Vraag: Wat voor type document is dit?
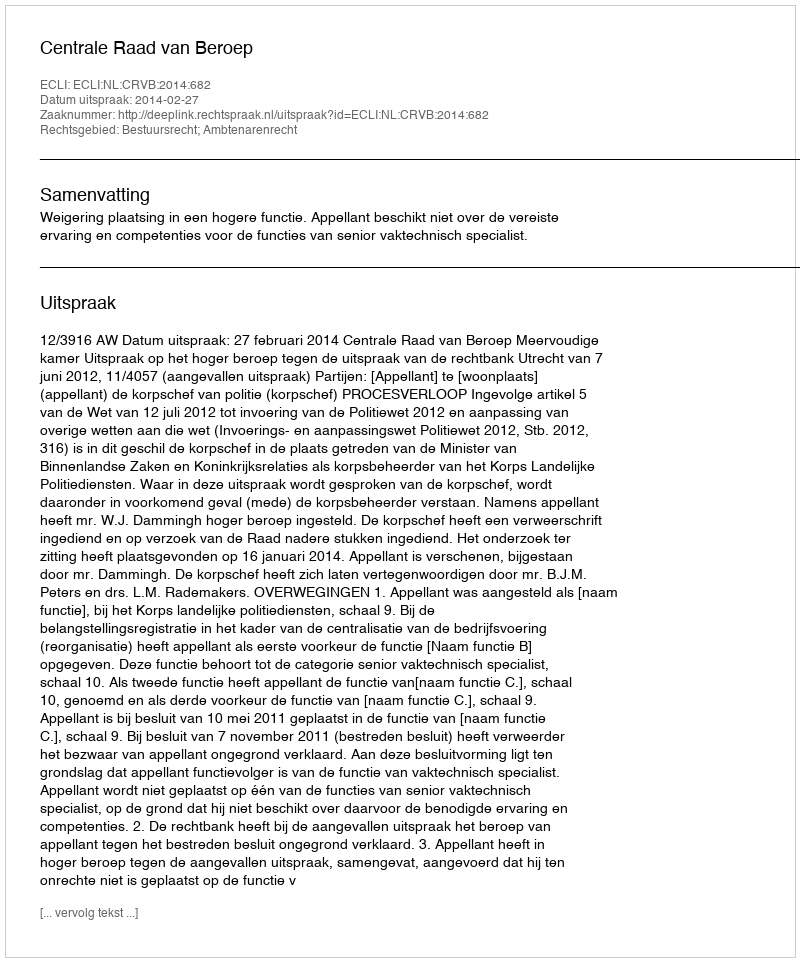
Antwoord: Uitspraak